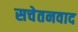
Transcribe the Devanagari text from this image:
सचेतनवाद